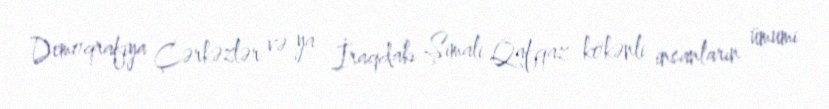
Demoqrafiya Çərkəzlər və ya İraqdakı Şimali Qafqaz kökənli insanların ümumi